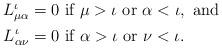
LaTeX: \begin{align*}\begin{aligned}L_{\mu\alpha}^{\iota} =0 &\mbox{ if } \mu>\iota \mbox{ or } \alpha <\iota, \mbox{ and } \\L_{\alpha\nu}^{\iota} =0 &\mbox{ if } \alpha >\iota \mbox{ or } \nu<\iota. \\\end{aligned}\end{align*}